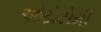
ઓટોટોમી